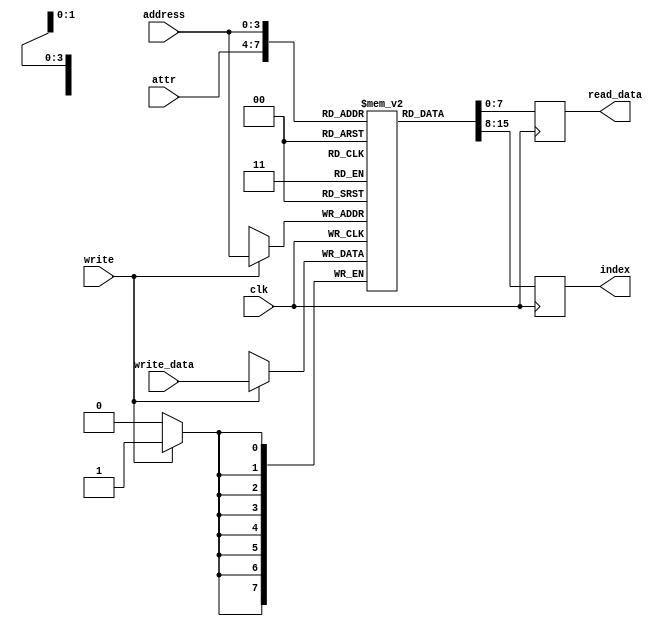
module vga_palette_regs (
    input clk,

    // VGA read interface
    input      [3:0] attr,
    output reg [7:0] index,

    // CPU interface
    input      [3:0] address,
    input            write,
    output reg [7:0] read_data,
    input      [7:0] write_data
  );

  // Registers
  reg [7:0] palette [0:15];

  // Behaviour
  // VGA read interface
  always @(posedge clk) index <= palette[attr];

  // CPU read interface
  always @(posedge clk) read_data <= palette[address];

  // CPU write interface
  always @(posedge clk)
    if (write) palette[address] <= write_data;

endmodule